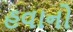
હવાનો